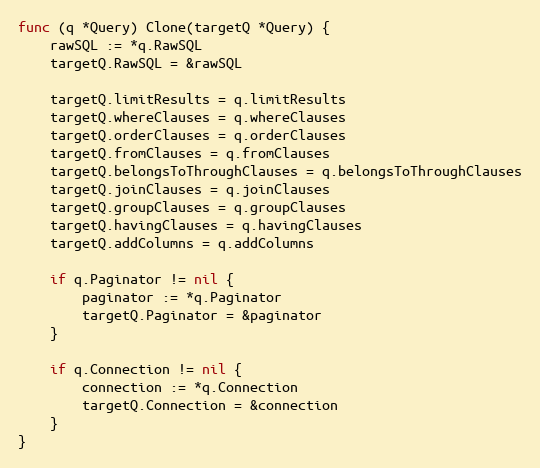
Language: Go
func (q *Query) Clone(targetQ *Query) {
	rawSQL := *q.RawSQL
	targetQ.RawSQL = &rawSQL

	targetQ.limitResults = q.limitResults
	targetQ.whereClauses = q.whereClauses
	targetQ.orderClauses = q.orderClauses
	targetQ.fromClauses = q.fromClauses
	targetQ.belongsToThroughClauses = q.belongsToThroughClauses
	targetQ.joinClauses = q.joinClauses
	targetQ.groupClauses = q.groupClauses
	targetQ.havingClauses = q.havingClauses
	targetQ.addColumns = q.addColumns

	if q.Paginator != nil {
		paginator := *q.Paginator
		targetQ.Paginator = &paginator
	}

	if q.Connection != nil {
		connection := *q.Connection
		targetQ.Connection = &connection
	}
}